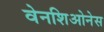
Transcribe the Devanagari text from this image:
वेनशिओनेस